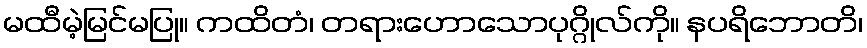
မထီမဲ့မြင်မပြု။ ကထိတံ၊ တရားဟောသောပုဂ္ဂိုလ်ကို။ နပရိဘောတိ၊